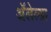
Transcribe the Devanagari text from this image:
अॅलेल्ग्रा